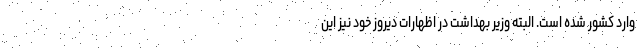
وارد کشور شده است. البته وزیر بهداشت در اظهارات دیروز خود نیز این